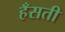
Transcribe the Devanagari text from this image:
हँसती